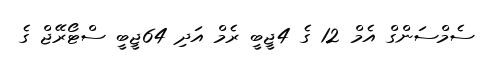
ސެމްސަންގް އެމް 12 ގެ 4ޖީބީ ރެމް އަދި 64ޖީބީ ސްޓޯރޭޖް ގެ